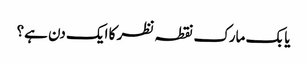
یا بک مارک نقطہ نظر کا ایک دن ہے؟